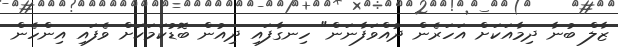
ޒާލް ބުނާ ދިމާއަކަށް އަހަރެން ދުއްވަފާނަން" ހިނގާފައި ދިއުން ބޮޑުކަމަކަށް ވެފައި އިންހެން